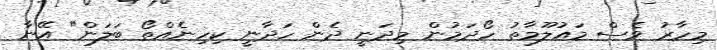
މިހާރު ވެސް މައުލޫމާތު ހޯދަމުން މިދަނީ ދެން ހަދާނީ ކިހިނެއްތޯ ބަލަން" އޭނާ